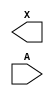
/**
 * Copyright 2020 The SkyWater PDK Authors
 *
 * Licensed under the Apache License, Version 2.0 (the "License");
 * you may not use this file except in compliance with the License.
 * You may obtain a copy of the License at
 *
 *     https://www.apache.org/licenses/LICENSE-2.0
 *
 * Unless required by applicable law or agreed to in writing, software
 * distributed under the License is distributed on an "AS IS" BASIS,
 * WITHOUT WARRANTIES OR CONDITIONS OF ANY KIND, either express or implied.
 * See the License for the specific language governing permissions and
 * limitations under the License.
 *
 * SPDX-License-Identifier: Apache-2.0
 */

`ifndef SKY130_FD_SC_LS__DLYMETAL6S2S_BLACKBOX_V
`define SKY130_FD_SC_LS__DLYMETAL6S2S_BLACKBOX_V

/**
 * dlymetal6s2s: 6-inverter delay with output from 2nd stage on
 *               horizontal route.
 *
 * Verilog stub definition (black box without power pins).
 *
 * WARNING: This file is autogenerated, do not modify directly!
 */

`timescale 1ns / 1ps
`default_nettype none

(* blackbox *)
module sky130_fd_sc_ls__dlymetal6s2s (
    X,
    A
);

    output X;
    input  A;

    // Voltage supply signals
    supply1 VPWR;
    supply0 VGND;
    supply1 VPB ;
    supply0 VNB ;

endmodule

`default_nettype wire
`endif  // SKY130_FD_SC_LS__DLYMETAL6S2S_BLACKBOX_V